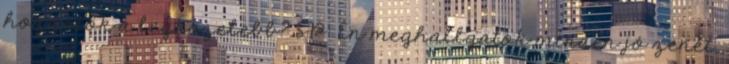
hozzátok a legközelebb? SP: Én meghallgatok minden jó zenét,